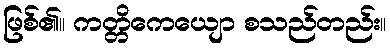
ဖြစ်၏။ ကတ္တိကေယျော စသည်တည်း။